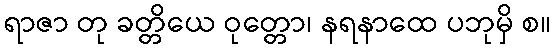
ရာဇာ တု ခတ္တိယေ ဝုတ္တော၊ နရနာထေ ပဘုမှိ စ။